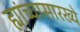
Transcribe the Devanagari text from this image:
ह्यांच्यासारख्ये